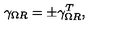
\gamma _ { \Omega R } = \pm \gamma _ { \Omega R } ^ { T } ,